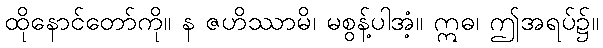
ထိုနောင်တော်ကို။ န ဇဟိဿာမိ၊ မစွန့်ပါအံ့။ ဣဓ၊ ဤအရပ်၌။